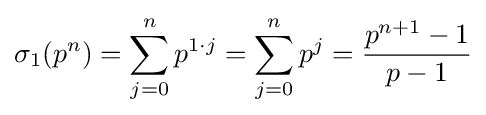
\sigma _{1}(p^{n})=\sum _{j=0}^{n}p^{1\cdot j}=\sum _{j=0}^{n}p^{j}={\frac {p^{n+1}-1}{p-1}}